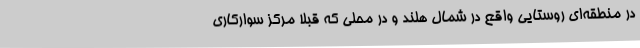
در منطقه‌ای روستایی واقع در شمال هلند و در محلی که قبلا مرکز سوارکاری